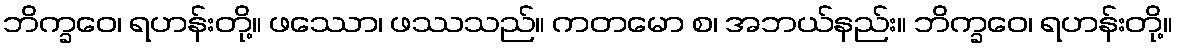
ဘိက္ခဝေ၊ ရဟန်းတို့။ ဖဿော၊ ဖဿသည်။ ကတမော စ၊ အဘယ်နည်း။ ဘိက္ခဝေ၊ ရဟန်းတို့။